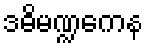
ဒဓိမဏ္ဍကေန